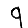
Digit: 9